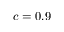
c = 0 . 9